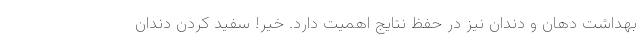
بهداشت دهان و دندان نیز در حفظ نتایج اهمیت دارد. خیر! سفید کردن دندان